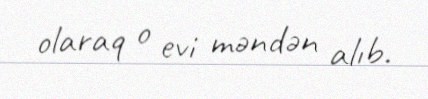
olaraq o evi məndən alıb.